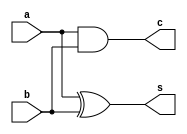
// Component Half-adder 1 bit [Structural]
module ha(a, b, s, c);
input a, b;
output s, c;
assign s = a ^ b;
assign c = a & b;
endmodule

// Component Full-adder 1 bit built from 2 half-adders 1 bit [Structural]
module fa(a, b, cin, sum, cout);
input a, b, cin;
output sum, cout;
wire c1, c2, s1;
ha u1(a, b, s1, c1);
ha u2(s1, cin, sum, c2);
or (cout, c1, c2);
endmodule

// Full-adder 4 bit builts from 4 full-adders 1 bit [Structural]
module full_adder_4b(a, b, cin, sum, cout);
input [3:0] a, b;
input cin;
output [3:0] sum;
output cout;
wire [2:0] transfer;
fa fa1(a[0], b[0], cin, sum[0], transfer[0]);
fa fa2(a[1], b[1], transfer[0], sum[1], transfer[1]);
fa fa3(a[2], b[2], transfer[1], sum[2], transfer[2]);
fa fa4(a[3], b[3], transfer[2], sum[3], cout);
endmodule